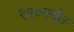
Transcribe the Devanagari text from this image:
९१०पर्यंत